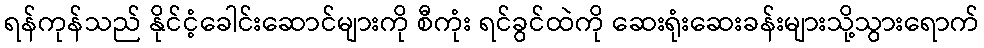
ရန်ကုန်သည် နိုင်ငံ့ခေါင်းဆောင်များကို စီကုံး ရင်ခွင်ထဲကို ဆေးရုံးဆေးခန်းများသို့သွားရောက်